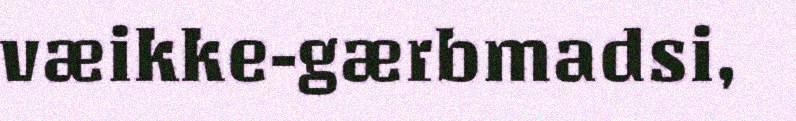
væikke-gærbmadsi,